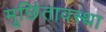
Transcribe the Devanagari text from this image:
मूर्छितावस्था